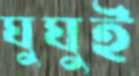
ঘুঘুই